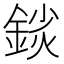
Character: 𨨚